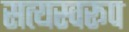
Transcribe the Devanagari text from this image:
सत्‍यस्‍वरूप